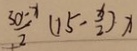
\frac { 3 0 - x } { 2 } ( 1 5 - \frac { x } { 2 } ) x